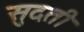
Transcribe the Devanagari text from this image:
सुदती